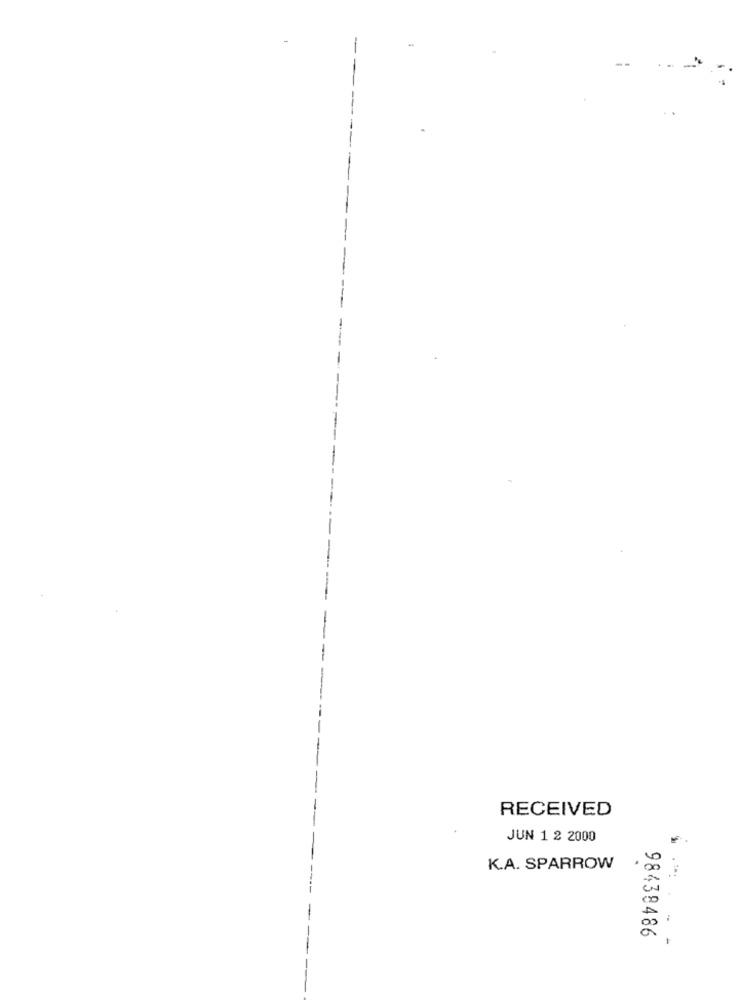
RECEIVED
JUN 1 2 2000
K.A. SPARROW
98438486